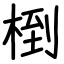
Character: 椡